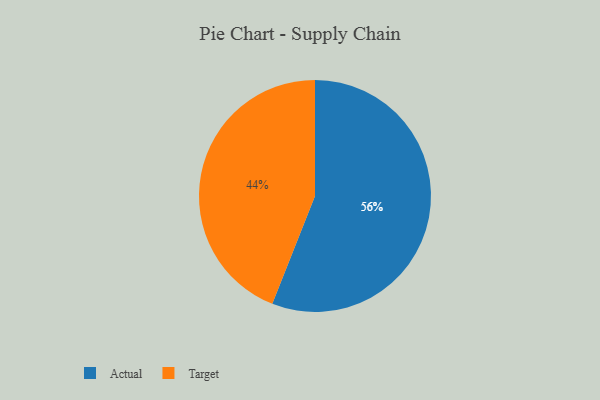
{"axis": {"x": "Category", "y": "Percentage"}, "legend": ["Actual", "Target"], "data": [{"x": "Actual", "y": 56, "type": "Actual"}, {"x": "Target", "y": 44, "type": "Target"}]}